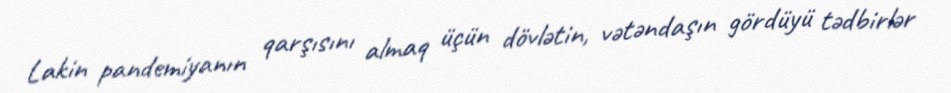
Lakin pandemiyanın qarşısını almaq üçün dövlətin, vətəndaşın gördüyü tədbirlər